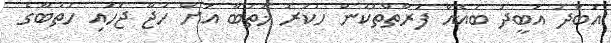
އަބްދު އަބީދު ބައެއް ފަރާތްތަކުން ހުކުރު ޚުތުބާ އަށް ހަޖޫ ޖަހައި ހުތުބާގެ